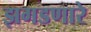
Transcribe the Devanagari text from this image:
झगडणारे